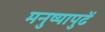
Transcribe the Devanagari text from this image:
मनुष्यापुढें